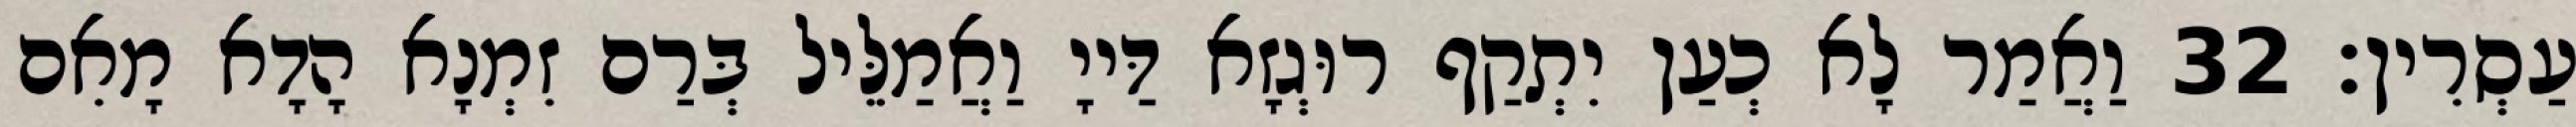
עַסְרִין׃ 32 וַאֲמַר לָא כְעַן יִתְקַף רוּגְזָא דַּייָ וַאֲמַלֵּיל בְּרַם זִמְנָא הָדָא מָאִם